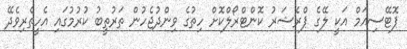
ޕޮޓޭސިއަމް އަކީ ލޭގެ ޕްރެޝަރު ކޮންޓްރޯލްކޮށް ހިތުގެ ވިންދުޖެހުން ތަރުތީބު ކުރުމުގައި އެހީތެރިވެދޭ